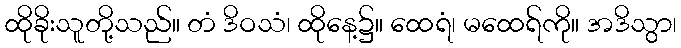
ထိုခိုးသူတို့သည်။ တံ ဒိဝသံ၊ ထိုနေ့၌။ ထေရံ၊ မထေရ်ကို။ အဒိသွာ၊